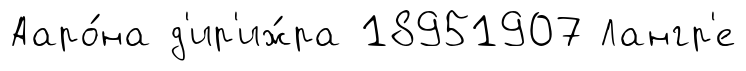
Ааро́на д'ир'иж́ра 18951907 Лангр'е